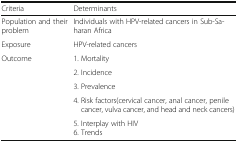
<table><thead><tr><td><b>Criteria</b></td><td><b>Determinants</b></td></tr></thead><tbody><tr><td>Population and their problem</td><td>Individuals with HPV-related cancers in Sub-Saharan Africa</td></tr><tr><td>Exposure</td><td>HPV-related cancers</td></tr><tr><td>Outcome</td><td>1. Mortality</td></tr><tr><td></td><td>2. Incidence</td></tr><tr><td></td><td>3. Prevalence</td></tr><tr><td></td><td>4. Risk factors(cervical cancer, anal cancer, penile cancer, vulva cancer, and head and neck cancers)</td></tr><tr><td></td><td>5. Interplay with HIV6. Trends</td></tr></tbody></table>